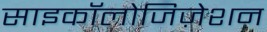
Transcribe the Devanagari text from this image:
साइकॉलोजिज़ेशन